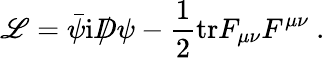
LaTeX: {\cal\mathscr{L}}=\bar{{\psi}}\mathrm{{i}}D\! \! \! \! /\, \psi-\frac{{1}}{{2}}\mathrm{{tr}}F_{\mu\nu}F^{\mu\nu}\ .